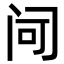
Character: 𬮠